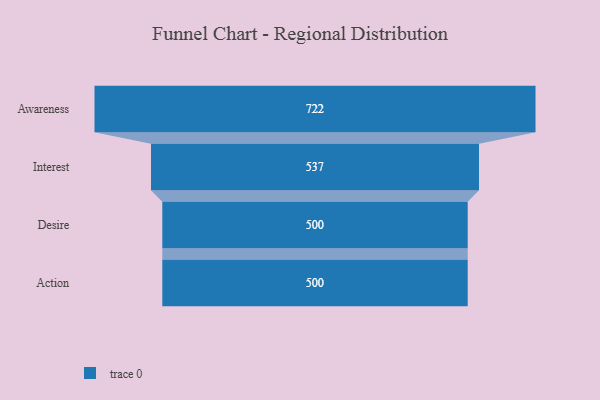
{"axis": {"x": "Stage", "y": "Value"}, "legend": [""], "data": [{"x": "Awareness", "y": 722.0, "type": ""}, {"x": "Interest", "y": 537.0, "type": ""}, {"x": "Desire", "y": 500, "type": ""}, {"x": "Action", "y": 500, "type": ""}]}